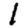
Digit: 1